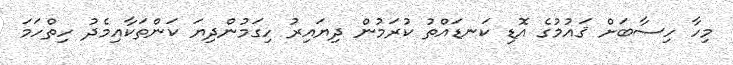
މިހާ ހިސާބަށް ޤައުމުގެ އޮޑި ކަނޑައްތު ކުރަމުން ދިޔައިރު ހިގަމުންދިޔަ ކަންތަކާއިމެދު ހިތްހަމަ